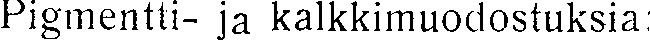
Pigmentti- ja kalkkimuodostuksia